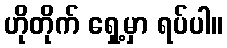
ဟိုတိုက် ရှေ့မှာ ရပ်ပါ။